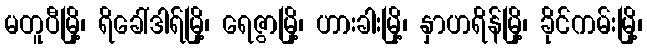
မတူပီမြို့၊ ရိခေါ်ဒါရ်မြို့၊ ရေဇွာမြို့၊ ဟားခါးမြို့၊ နှာဟရိန်မြို့၊ ခိုင်ကမ်းမြို့၊